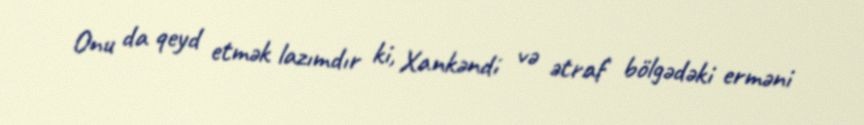
Onu da qeyd etmək lazımdır ki, Xankəndi və ətraf bölgədəki erməni